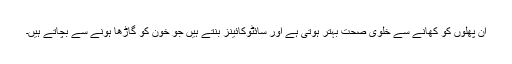
ان پھلوں کو کھانے سے خلوی صحت بہتر ہوتی ہے اور سائٹوکائینز بنتے ہیں جو خون کو گاڑھا ہونے سے بچاتے ہیں۔